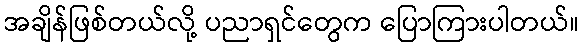
အချိန်ဖြစ်တယ်လို့ ပညာရှင်တွေက ပြောကြားပါတယ်။